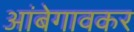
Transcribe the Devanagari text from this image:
आंबेगावकर